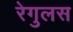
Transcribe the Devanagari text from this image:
रेगुलस